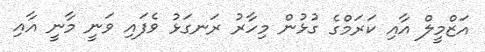
އަޒްމީލް އާއި ކަރަމްގެ ގުޅުން މިހާރު ރަނގަޅު ވެފައި ވަނީ މާނީ އާއި